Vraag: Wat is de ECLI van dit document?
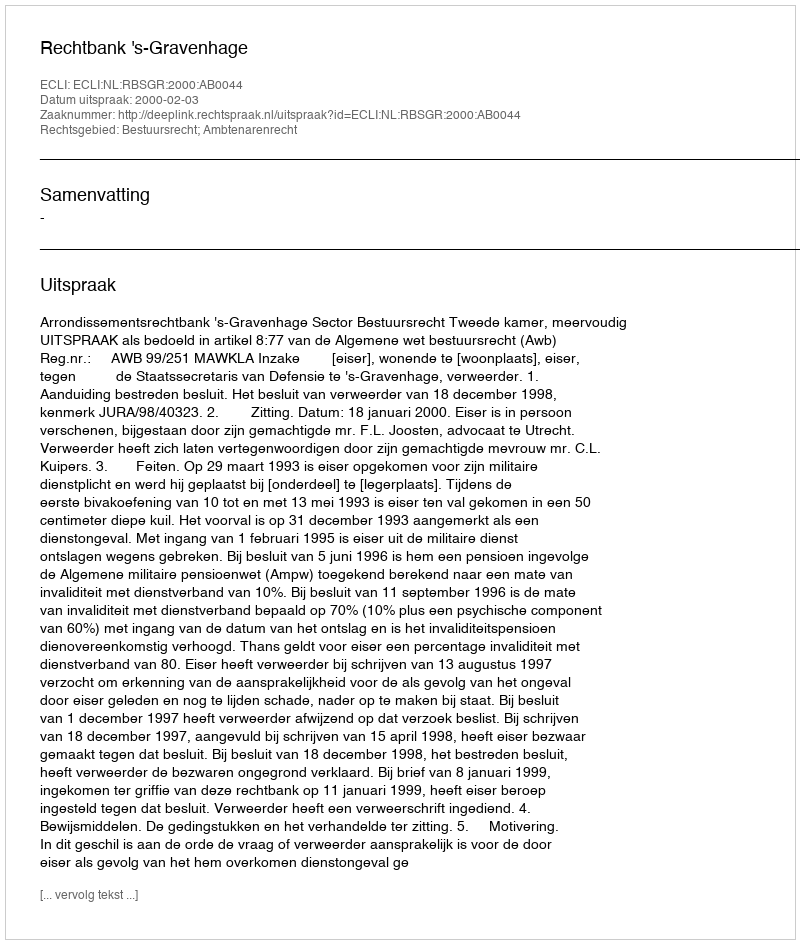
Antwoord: ECLI:NL:RBSGR:2000:AB0044